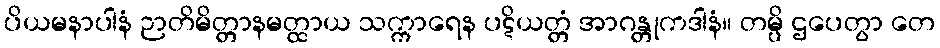
ပိယမနာပါနံ ဉာတိမိတ္တာနမတ္ထာယ သက္ကာရေန ပဋိယတ္တံ အာဂန္တုကဒါနံ။ တမ္ပိ ဌပေတွာ တေ